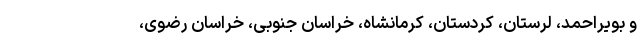
و بویراحمد، لرستان، کردستان، کرمانشاه، خراسان جنوبی، خراسان رضوی،